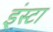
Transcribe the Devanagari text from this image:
इंस्टा